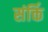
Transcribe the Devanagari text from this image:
संर्क्ति